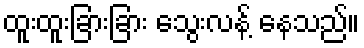
ထူးထူးခြားခြား သွေးလန့် နေသည်။